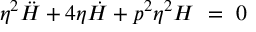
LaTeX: \eta ^ { 2 } \ddot { H } + 4 \eta \dot { H } + p ^ { 2 } \eta ^ { 2 } H ~ = ~ 0